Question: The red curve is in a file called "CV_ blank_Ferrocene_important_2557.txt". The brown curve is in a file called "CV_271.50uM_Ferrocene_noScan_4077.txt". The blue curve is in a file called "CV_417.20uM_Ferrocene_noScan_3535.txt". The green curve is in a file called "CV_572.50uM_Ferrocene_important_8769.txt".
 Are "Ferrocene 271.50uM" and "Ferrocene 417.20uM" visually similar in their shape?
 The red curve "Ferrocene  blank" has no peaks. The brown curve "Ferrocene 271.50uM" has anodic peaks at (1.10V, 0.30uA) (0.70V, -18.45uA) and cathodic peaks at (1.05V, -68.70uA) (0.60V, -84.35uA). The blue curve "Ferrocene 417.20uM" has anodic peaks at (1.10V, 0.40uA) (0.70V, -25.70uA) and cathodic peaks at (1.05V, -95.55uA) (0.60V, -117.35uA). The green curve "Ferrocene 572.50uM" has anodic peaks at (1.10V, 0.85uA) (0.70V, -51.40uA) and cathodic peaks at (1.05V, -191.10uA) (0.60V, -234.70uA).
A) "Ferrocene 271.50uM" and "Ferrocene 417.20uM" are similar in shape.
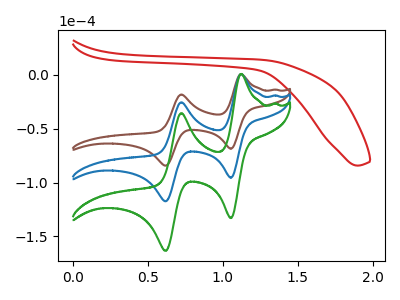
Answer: <think>All the peaks in "Ferrocene 271.50uM" have a peak in "Ferrocene 417.20uM" at the same potential.
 </think>
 <answer>A) "Ferrocene 271.50uM" and "Ferrocene 417.20uM" are similar in shape.</answer>
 <eval>A</eval>